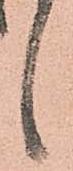
候